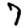
Digit: 7